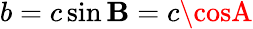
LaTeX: b=c\sin\mathbf{B}=c\cosA